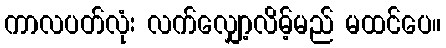
ကာလပတ်လုံး လက်လျှော့လိမ့်မည် မထင်ပေ။